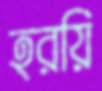
হরয়ি